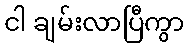
ငါ ချမ်းလာပြီကွာ